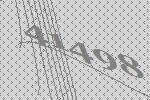
41498